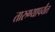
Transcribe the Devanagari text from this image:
तारुण्यापर्यंत